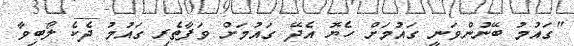
"ގައުމު ބޭނުންވަނީ ގައުމަށް ހެޔޮ އެދޭ ގައުމަށް ވަފާތެރި ގައުމު ދެކެ ލޯބިވާ